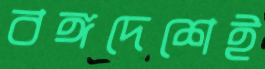
বঙ্গদেশেই